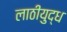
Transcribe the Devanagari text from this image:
लाठीयुद्ध